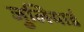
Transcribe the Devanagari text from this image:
जुलियार्ड